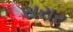
સરાર